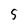
Character: 5